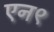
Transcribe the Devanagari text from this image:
एन९